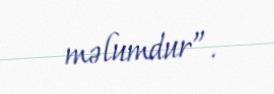
məlumdur”.